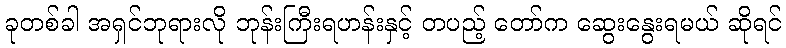
ခုတစ်ခါ အရှင်ဘုရားလို ဘုန်းကြီးရဟန်းနှင့် တပည့် တော်က ဆွေးနွေးရမယ် ဆိုရင်